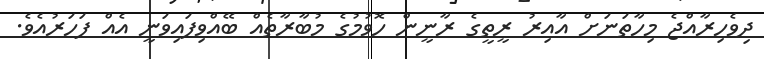
ދިވެހިރާއްޖެ މިހާތަނަށް އާއިރު ރީތީގެ ރާނީން ހޮވުމުގެ މުބާރާތެއް ބޭއްވިފައިވަނީ އެއް ފަހަރުއެވެ.